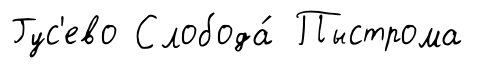
Гус'ево Слобода́ Пыстрома